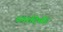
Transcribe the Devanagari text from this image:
ब्लादिमीर